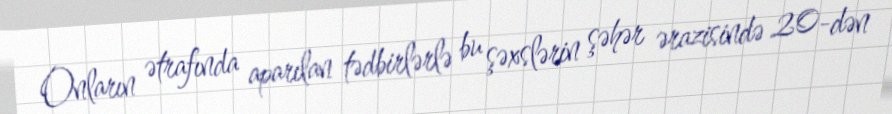
Onların ətrafında aparılan tədbirlərlə bu şəxslərin şəhər ərazisində 20-dən